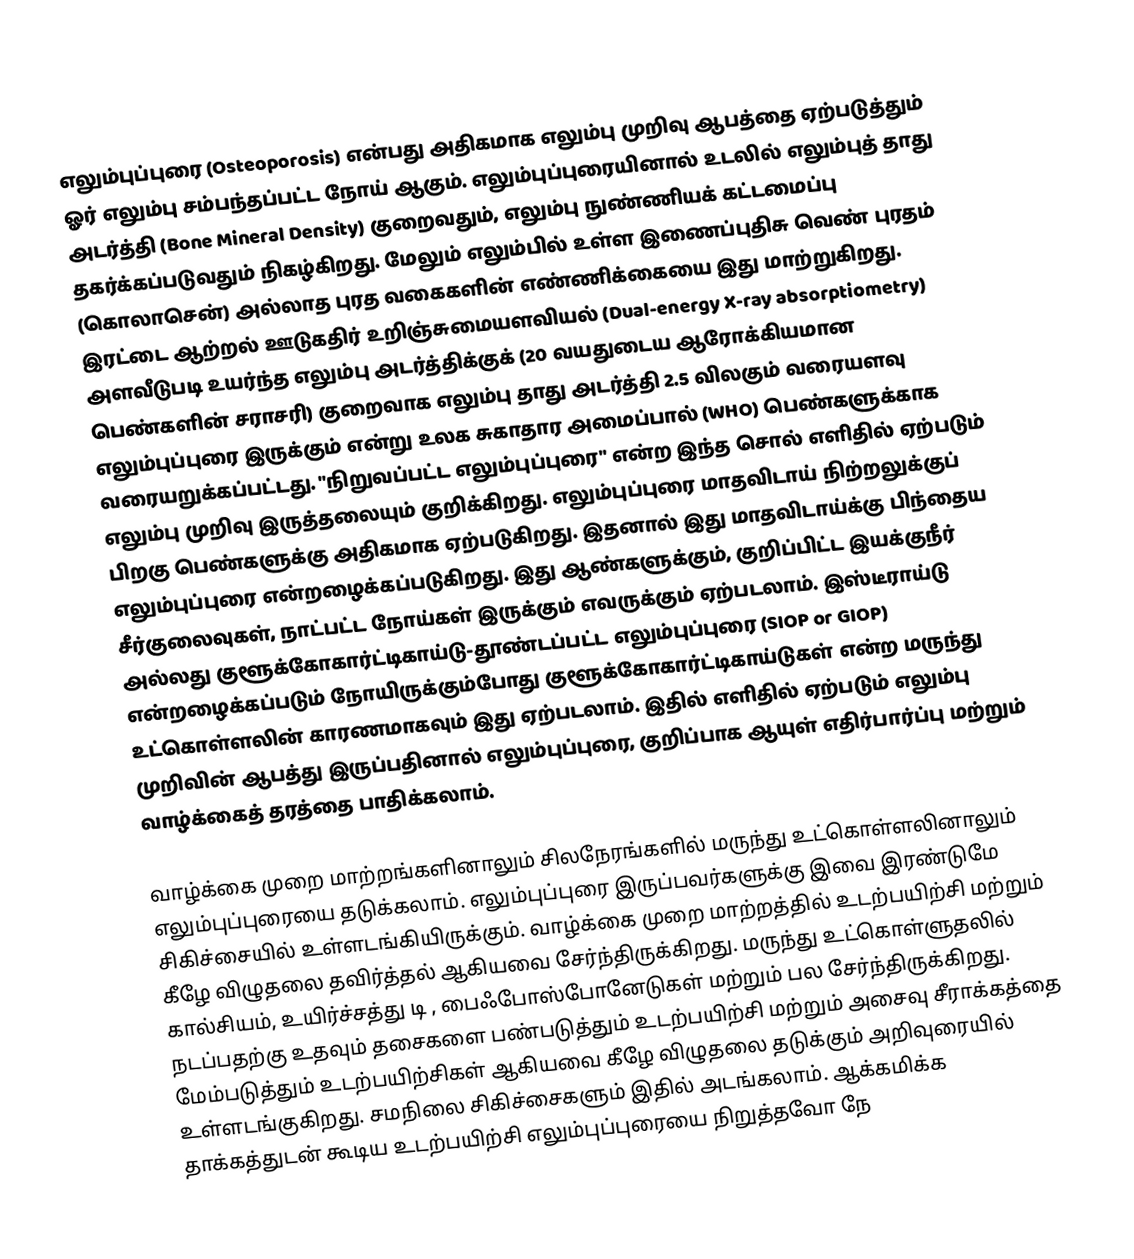
எலும்புப்புரை (Osteoporosis) என்பது அதிகமாக எலும்பு முறிவு ஆபத்தை ஏற்படுத்தும் ஓர் எலும்பு சம்பந்தப்பட்ட நோய் ஆகும். எலும்புப்புரையினால் உடலில் எலும்புத் தாது அடர்த்தி (Bone Mineral Density) குறைவதும், எலும்பு நுண்ணியக் கட்டமைப்பு தகர்க்கப்படுவதும் நிகழ்கிறது. மேலும் எலும்பில் உள்ள இணைப்புதிசு வெண் புரதம் (கொலாசென்) அல்லாத புரத வகைகளின் எண்ணிக்கையை இது மாற்றுகிறது. இரட்டை ஆற்றல் ஊடுகதிர் உறிஞ்சுமையளவியல் (Dual-energy X-ray absorptiometry) அளவீடுபடி உயர்ந்த எலும்பு அடர்த்திக்குக் (20 வயதுடைய ஆரோக்கியமான பெண்களின் சராசரி) குறைவாக எலும்பு தாது அடர்த்தி 2.5 விலகும் வரையளவு எலும்புப்புரை இருக்கும் என்று உலக சுகாதார அமைப்பால் (WHO) பெண்களுக்காக வரையறுக்கப்பட்டது. "நிறுவப்பட்ட எலும்புப்புரை" என்ற இந்த சொல் எளிதில் ஏற்படும் எலும்பு முறிவு இருத்தலையும் குறிக்கிறது. எலும்புப்புரை மாதவிடாய் நிற்றலுக்குப் பிறகு பெண்களுக்கு அதிகமாக ஏற்படுகிறது. இதனால் இது மாதவிடாய்க்கு பிந்தைய எலும்புப்புரை என்றழைக்கப்படுகிறது. இது ஆண்களுக்கும், குறிப்பிட்ட இயக்குநீர் சீர்குலைவுகள், நாட்பட்ட நோய்கள் இருக்கும் எவருக்கும் ஏற்படலாம். இஸ்டீராய்டு அல்லது குளூக்கோகார்ட்டிகாய்டு-தூண்டப்பட்ட எலும்புப்புரை (SIOP or GIOP) என்றழைக்கப்படும் நோயிருக்கும்போது குளூக்கோகார்ட்டிகாய்டுகள் என்ற மருந்து உட்கொள்ளலின் காரணமாகவும் இது ஏற்படலாம். இதில் எளிதில் ஏற்படும் எலும்பு முறிவின் ஆபத்து இருப்பதினால் எலும்புப்புரை, குறிப்பாக ஆயுள் எதிர்பார்ப்பு மற்றும் வாழ்க்கைத் தரத்தை பாதிக்கலாம்.

வாழ்க்கை முறை மாற்றங்களினாலும் சிலநேரங்களில் மருந்து உட்கொள்ளலினாலும் எலும்புப்புரையை தடுக்கலாம். எலும்புப்புரை இருப்பவர்களுக்கு இவை இரண்டுமே சிகிச்சையில் உள்ளடங்கியிருக்கும். வாழ்க்கை முறை மாற்றத்தில் உடற்பயிற்சி மற்றும் கீழே விழுதலை தவிர்த்தல் ஆகியவை சேர்ந்திருக்கிறது. மருந்து உட்கொள்ளுதலில் கால்சியம், உயிர்ச்சத்து டி , பைஃபோஸ்போனேடுகள் மற்றும் பல சேர்ந்திருக்கிறது. நடப்பதற்கு உதவும் தசைகளை பண்படுத்தும் உடற்பயிற்சி மற்றும் அசைவு சீராக்கத்‌தை மேம்படுத்தும் உடற்பயிற்சிகள் ஆகியவை கீழே விழுதலை தடுக்கும் அறிவுரையில் உள்ளடங்குகிறது. சமநிலை சிகிச்சைகளும் இதில் அடங்கலாம். ஆக்கமிக்க தாக்கத்துடன் கூடிய உடற்பயிற்சி எலும்புப்புரையை நிறுத்தவோ நே